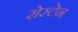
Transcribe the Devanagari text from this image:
रोस्टेन